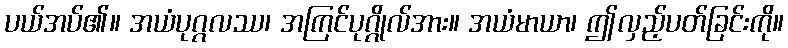
ပယ်အပ်၏။ အယံပုဂ္ဂလဿ၊ အကြင်ပုဂ္ဂိုလ်အား။ အယံမာယာ၊ ဤလှည့်ပတ်ခြင်းကို။